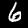
Label: 6